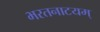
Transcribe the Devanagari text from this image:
भरतनाटयम्